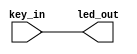
`timescale  1ns/1ns
///////////////////////////////////////////////////////////////////////////
// Module Name   : led
// Project Name  : led
// Target Devices: Altera EP4CE10F17C8N
// Tool Versions : Quartus 13.0
// Description   : LED 
//     : http://www.firebbs.c
//////////////////////////////////////////////////////////////////////////

module  led
(
    input   wire    key_in  ,   //

    output  wire    led_out     //led
);

//********************************************************************//
//***************************** Main Code ****************************//
//********************************************************************//
//led_out:ledkey_in
assign  led_out = key_in;

endmodule